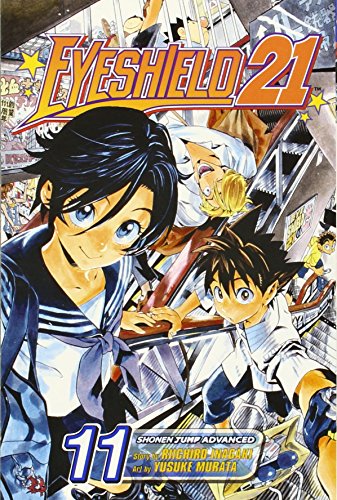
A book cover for Eyeshield 21, Volume 11; Riichiro Inagaki; Comics & Graphic Novels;